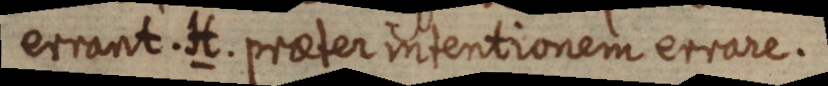
errant. H. praeter intentionem errare.